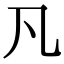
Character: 𠁽